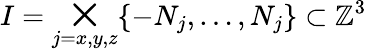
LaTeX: I=\bigtimes_{j=x,y,z}\{ -N_{j},\dots,N_{j}\} \subset{\mathbb{Z}}^{3}